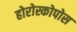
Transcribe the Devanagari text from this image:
होरोस्कोपोस